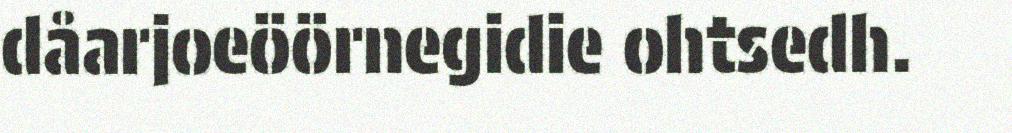
dåarjoeöörnegidie ohtsedh.